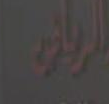
الرباني